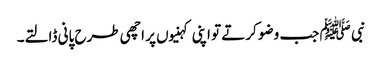
نبی ﷺ جب وضو کرتے تو اپنی کہنیوں پر اچھی طرح پانی ڈالتے۔